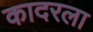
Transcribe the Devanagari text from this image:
कादरला